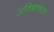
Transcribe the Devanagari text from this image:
अविषाक्तता